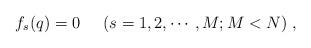
LaTeX: \begin{align*}f_s(q)=0\;\;\;\;\;(s=1,2,\cdots,M;M<N) \;,\end{align*}